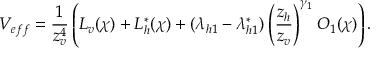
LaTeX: V _ { e f f } = \frac { 1 } { z _ { v } ^ { 4 } } \left( L _ { v } ( \chi ) + L _ { h } ^ { * } ( \chi ) + ( \lambda _ { h 1 } - \lambda _ { h 1 } ^ { * } ) \left( \frac { z _ { h } } { z _ { v } } \right) ^ { \gamma _ { 1 } } { \cal O } _ { 1 } ( \chi ) \right) .